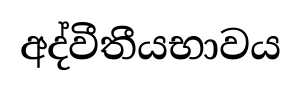
අද්වීතීයභාවය